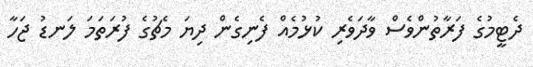
ދެޓީމުގެ ފަރާތުންވެސް ވާދަވެރި ކުޅުމެއް ފެނިގެން ދިޔަ މެޗުގެ ފުރަތަަމަ ލަނޑު ޖަހާ